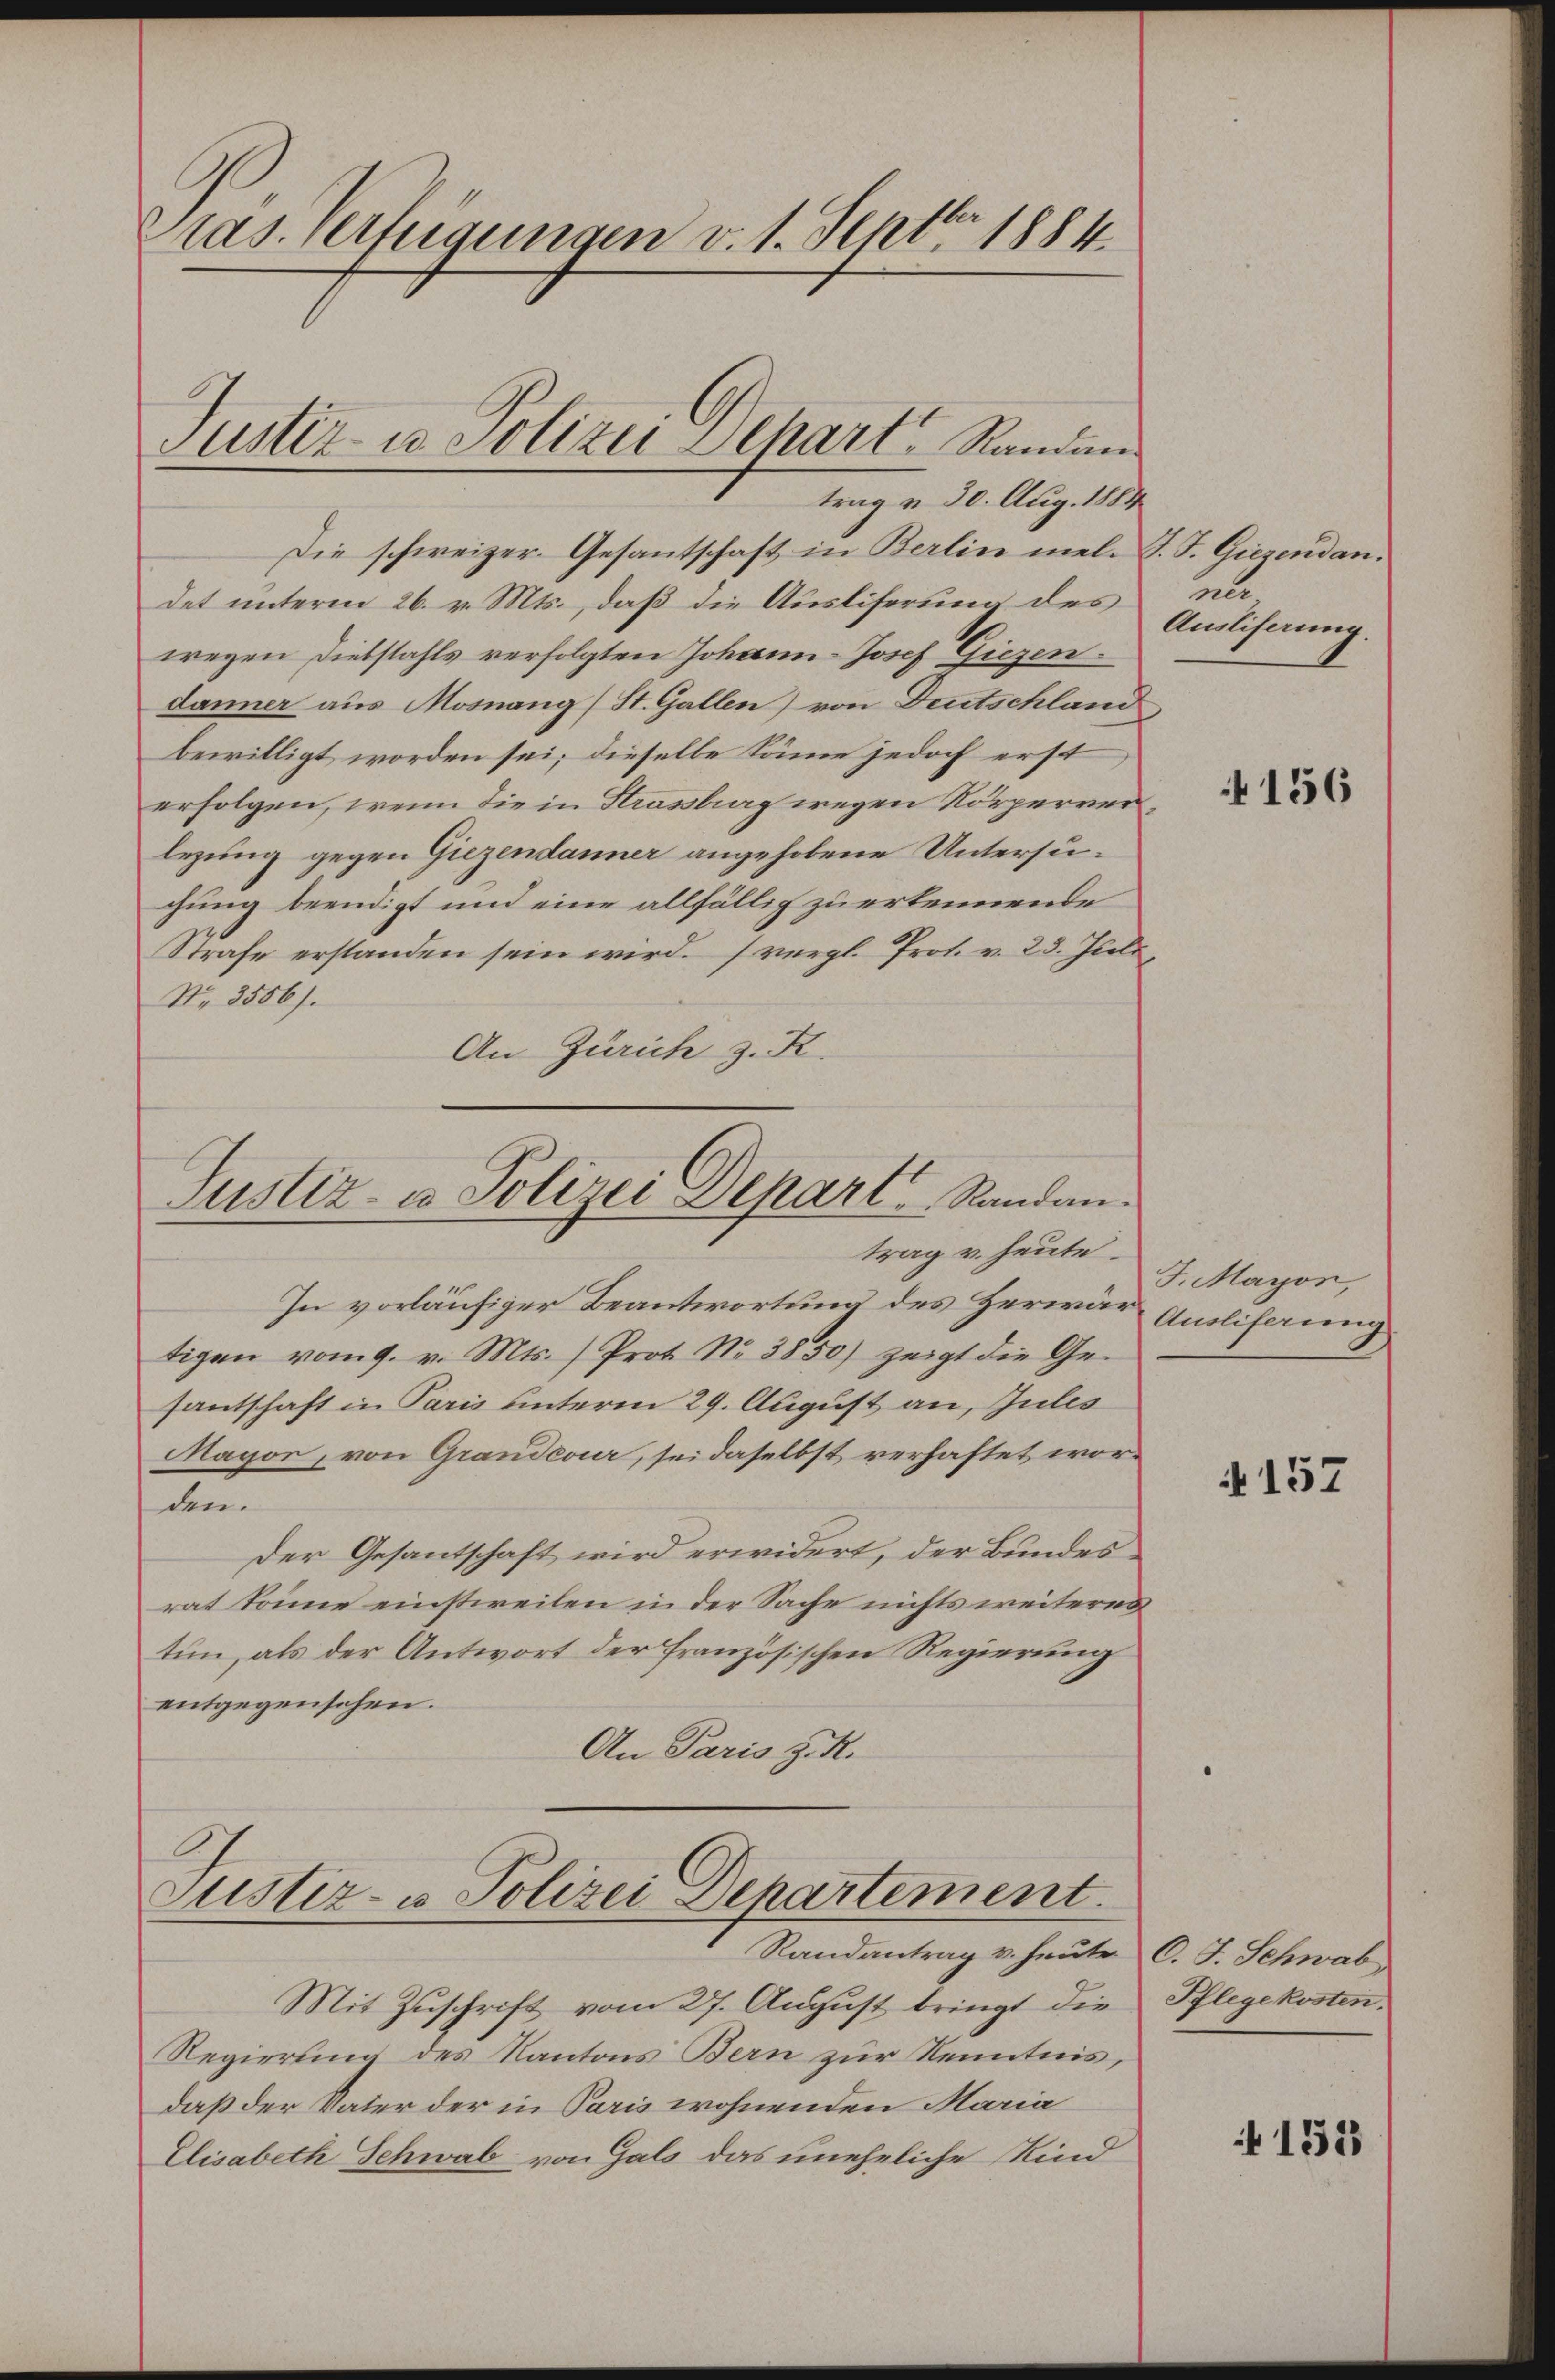
Pras. Verfügungen v. 1. Septbr. 1884.

Die schweizer. Gesantschaft in Berlin mel. J. J. Giezendandet unterm 26. v. Mts., daß die Ausliferung des
wegen Diebstahls verfolgten Johann-Josef Giezen.
danner aus Mosnang (St. Gallen) von Deutschland
bewilligt worden sei; dieselbe könne jedoch erst
erfolgen, wenn die in Strassburg wegen Körperreilegung gegen Giezendanner angehobene Untersuchung beendigt und eine allfällig zu erkennende
Strafe erstanden sein wird. (vergl. Prot. v. 23. Juli,
Nr. 3556).
An Zürich z. R.

Justiz- u. Polizei Schart Randan

trag u. 30. Aug. 1884

Justiz- u Polizei Depart Randantrag u. heute.

In vorläufiger Beantwortung des Herwär Auslihrung
tigen vom 9. v. Mts. (Prot. Nr. 3850) zeigt die Ge-
santschaft in Paris unterm 29. August an, Jules
Magor, von Grandcour, sei daselbst verhaftet worden.
Der Gesantschaft wird erwidert, der Bundes
rat könne einstweilen in der Sache nichts weiteres
tun, als der Antwort der französischen Regierung
entgegensehen.
An Paris z. R.

Justiz- u Polizei Departement.
Randantrag v. heute C. J. Schwab,
Mit Zuschrift vom 27. August bringt die

Regierung des Kantons Bern zur Kenntnis,
daß der Vater der in Paris wohnenden Maria
Elisabeth Schwab von Gals das uneheliche Kind

anle
Ausliferung.

4156

J. Mayon,

157

Pflegekosten.

+ 133